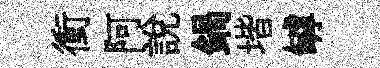
衝阿說鍋堦罅